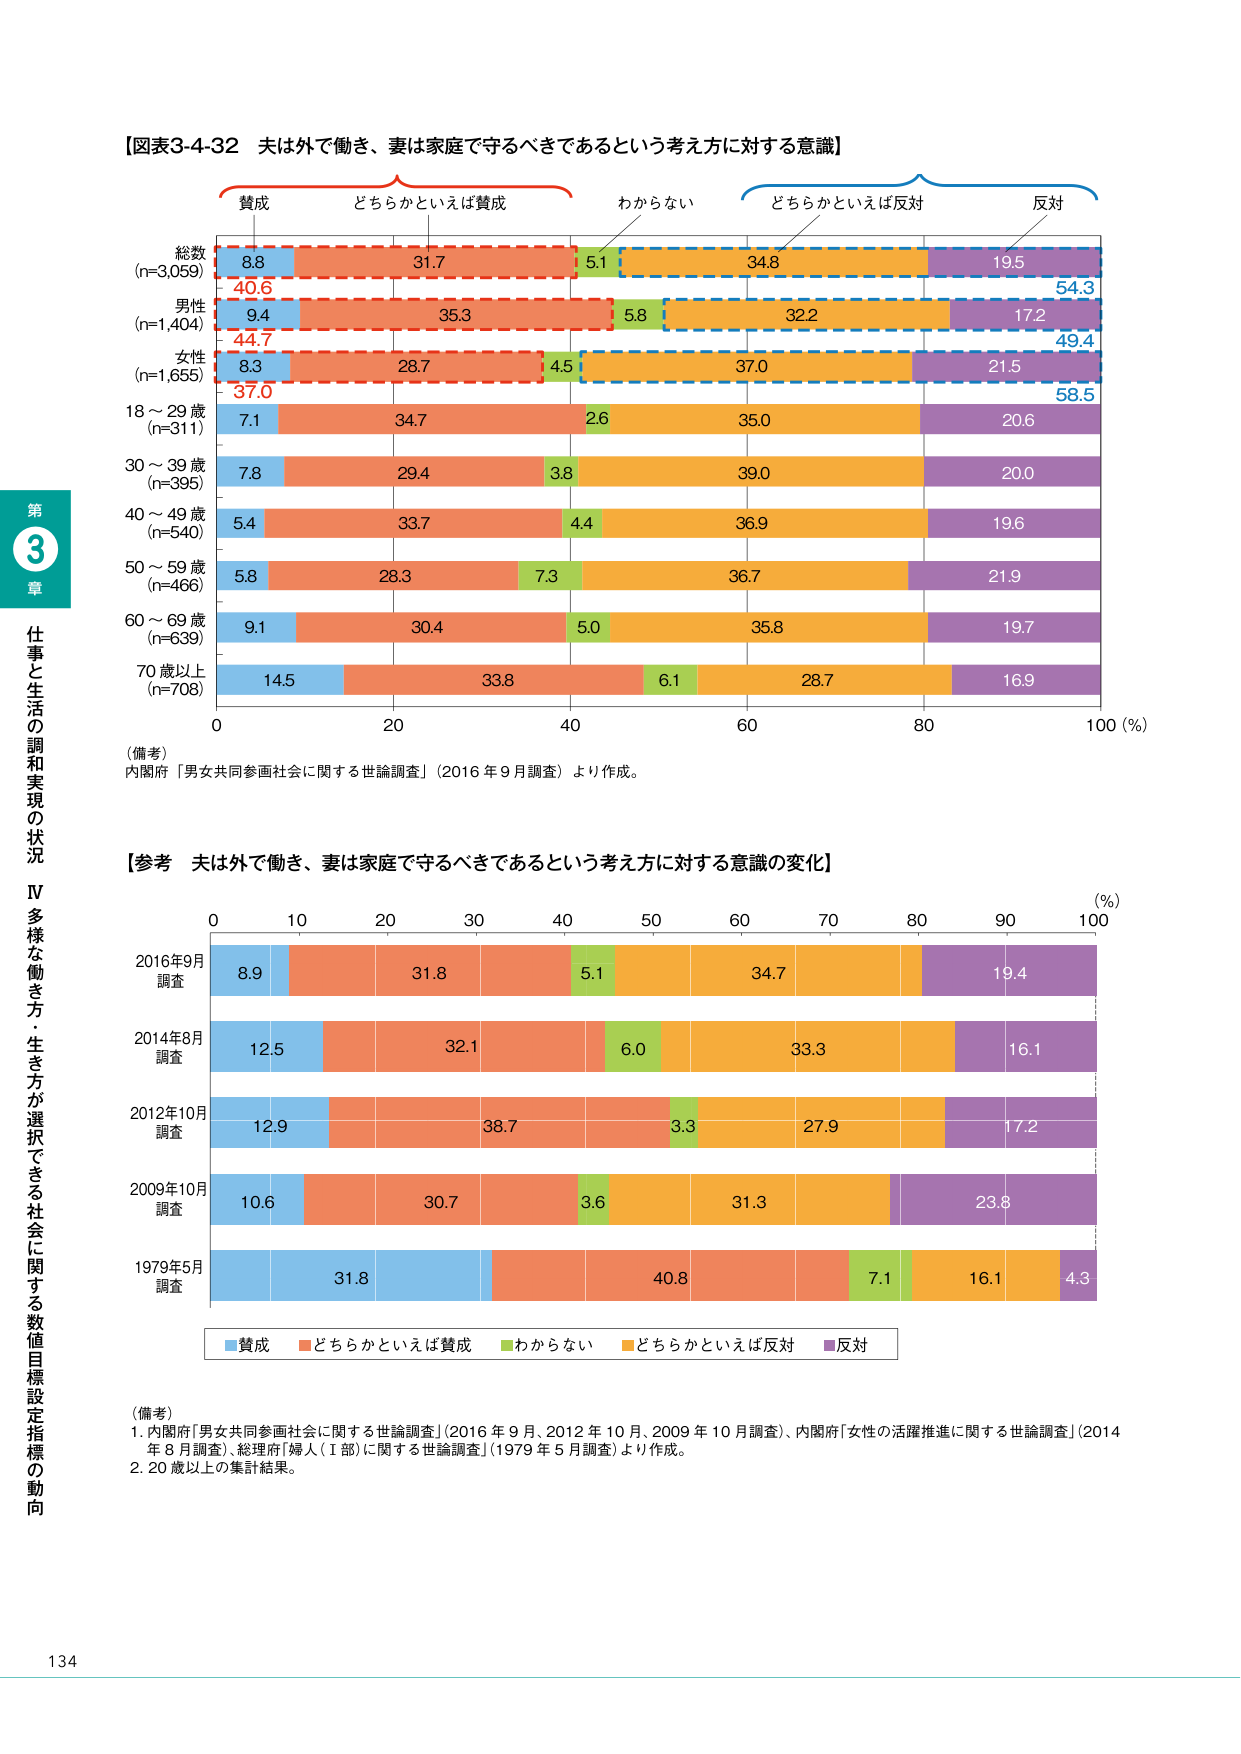
【図表3-4-32 夫は外で働き、妻は家庭で守るべきであるという考え方に対する意識】

贅成　どちらかといえば贅成　わからない　どちらかといえば反対　反対

総数
(n=3,059)
8.8　31.7　5.1　34.8　19.5
40.6